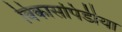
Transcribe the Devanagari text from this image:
विकासपिडीया